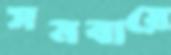
সমবায়ে